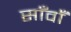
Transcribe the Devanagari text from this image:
साँवाँ